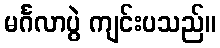
မင်္ဂလာပွဲ ကျင်းပသည်။